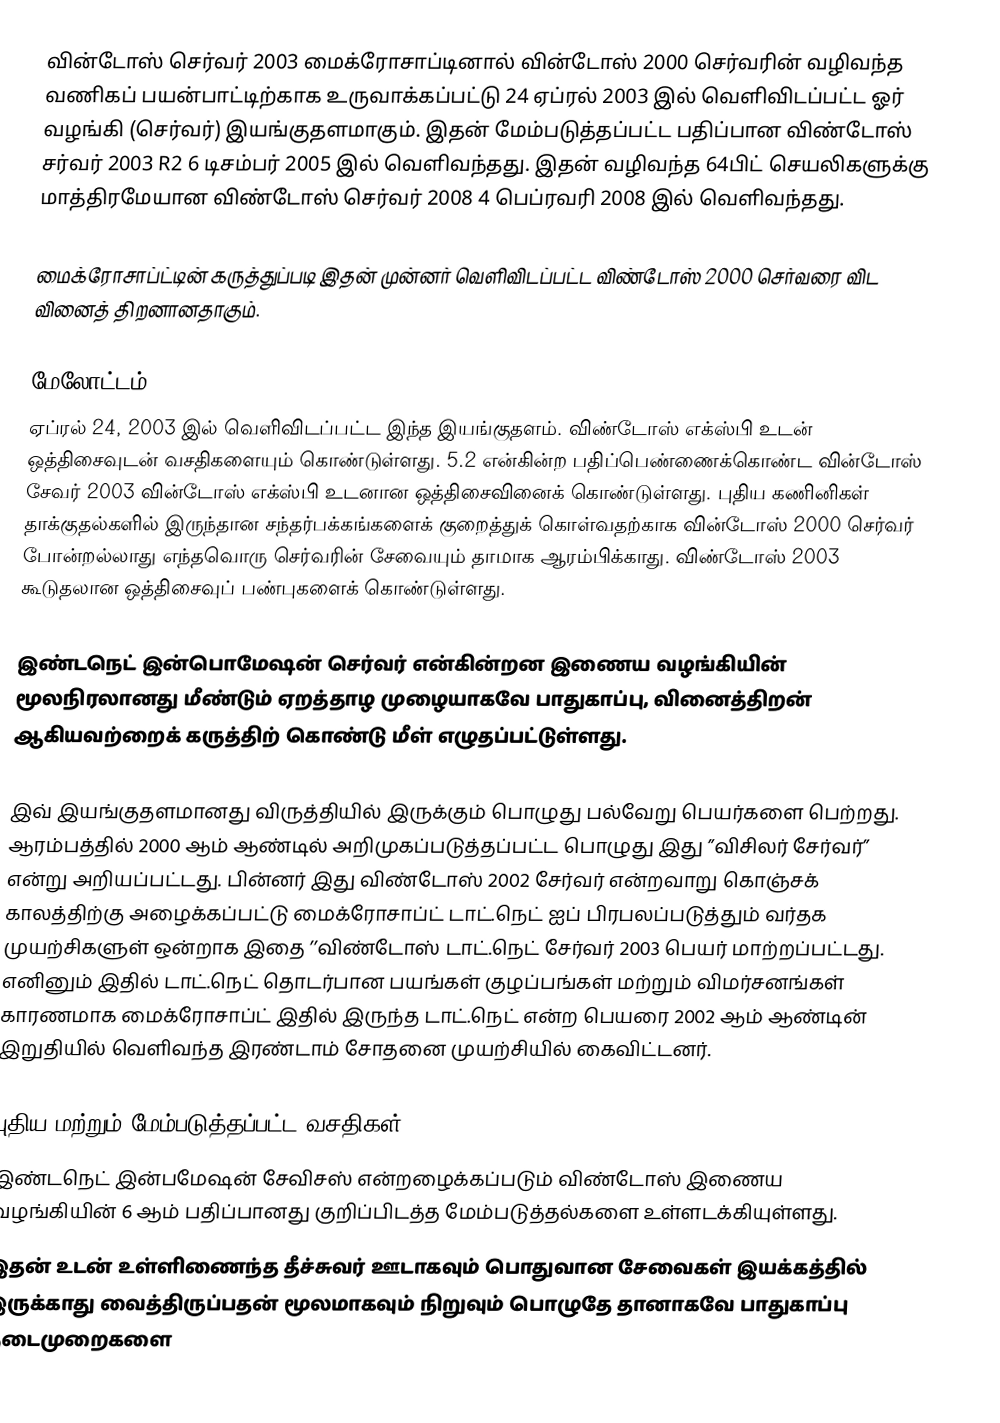
வின்டோஸ் செர்வர் 2003 மைக்ரோசாப்டினால்  வின்டோஸ் 2000 செர்வரின் வழிவந்த வணிகப் பயன்பாட்டிற்காக உருவாக்கப்பட்டு 24 ஏப்ரல் 2003 இல் வெளிவிடப்பட்ட ஓர் வழங்கி (செர்வர்) இயங்குதளமாகும். இதன் மேம்படுத்தப்பட்ட பதிப்பான விண்டோஸ் சர்வர் 2003 R2 6 டிசம்பர் 2005 இல் வெளிவந்தது. இதன் வழிவந்த 64பிட் செயலிகளுக்கு மாத்திரமேயான  விண்டோஸ் செர்வர் 2008 4 பெப்ரவரி 2008 இல் வெளிவந்தது.

மைக்ரோசாப்ட்டின் கருத்துப்படி இதன் முன்னர் வெளிவிடப்பட்ட விண்டோஸ் 2000 செர்வரை விட வினைத் திறனானதாகும்.

மேலோட்டம்
ஏப்ரல் 24, 2003 இல் வெளிவிடப்பட்ட இந்த இயங்குதளம்.  விண்டோஸ் எக்ஸ்பி உடன் ஒத்திசைவுடன் வசதிகளையும் கொண்டுள்ளது. 5.2 என்கின்ற பதிப்பெண்ணைக்கொண்ட வின்டோஸ் சேவர் 2003 வின்டோஸ் எக்ஸ்பி உடனான ஒத்திசைவினைக் கொண்டுள்ளது. புதிய கணினிகள் தாக்குதல்களில் இருந்தான சந்தர்பக்கங்களைக் குறைத்துக் கொள்வதற்காக வின்டோஸ் 2000 செர்வர் போன்றல்லாது எந்தவொரு செர்வரின் சேவையும் தாமாக ஆரம்பிக்காது. விண்டோஸ் 2003 கூடுதலான ஒத்திசைவுப் பண்புகளைக் கொண்டுள்ளது.

இண்டநெட் இன்பொமேஷன் செர்வர் என்கின்றன இணைய வழங்கியின் மூலநிரலானது மீண்டும் ஏறத்தாழ முழையாகவே பாதுகாப்பு, வினைத்திறன் ஆகியவற்றைக் கருத்திற் கொண்டு மீள் எழுதப்பட்டுள்ளது.

இவ் இயங்குதளமானது விருத்தியில் இருக்கும் பொழுது பல்வேறு பெயர்களை பெற்றது. ஆரம்பத்தில் 2000 ஆம் ஆண்டில் அறிமுகப்படுத்தப்பட்ட பொழுது இது ”விசிலர் சேர்வர்” என்று அறியப்பட்டது. பின்னர் இது விண்டோஸ் 2002 சேர்வர் என்றவாறு கொஞ்சக் காலத்திற்கு அழைக்கப்பட்டு மைக்ரோசாப்ட் டாட்.நெட் ஐப் பிரபலப்படுத்தும் வர்தக முயற்சிகளுள் ஒன்றாக இதை ’’விண்டோஸ் டாட்.நெட் சேர்வர் 2003 பெயர் மாற்றப்பட்டது. எனினும் இதில் டாட்.நெட் தொடர்பான பயங்கள் குழப்பங்கள் மற்றும் விமர்சனங்கள் காரணமாக மைக்ரோசாப்ட் இதில் இருந்த டாட்.நெட் என்ற பெயரை 2002 ஆம் ஆண்டின் இறுதியில் வெளிவந்த இரண்டாம் சோதனை முயற்சியில் கைவிட்டனர்.

புதிய மற்றும் மேம்படுத்தப்பட்ட வசதிகள்
இண்டநெட் இன்பமேஷன் சேவிசஸ் என்றழைக்கப்படும் விண்டோஸ் இணைய வழங்கியின் 6 ஆம் பதிப்பானது  குறிப்பிடத்த மேம்படுத்தல்களை உள்ளடக்கியுள்ளது.
இதன் உடன் உள்ளிணைந்த தீச்சுவர் ஊடாகவும் பொதுவான சேவைகள் இயக்கத்தில் இருக்காது வைத்திருப்பதன் மூலமாகவும் நிறுவும் பொழுதே தானாகவே பாதுகாப்பு நடைமுறைகளை